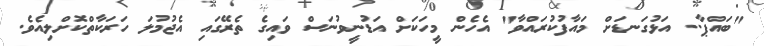
"ބައްޕާ.. އަޅުގަނޑަށް މައާފުކުރައްވާ" އެހެން މީހަކަށް އަޑުނީވުނަސް ވައިގެ ތެރޭގައި އެޖުމުލަ ހަރަކާތްކޮށްލިއެވެ.